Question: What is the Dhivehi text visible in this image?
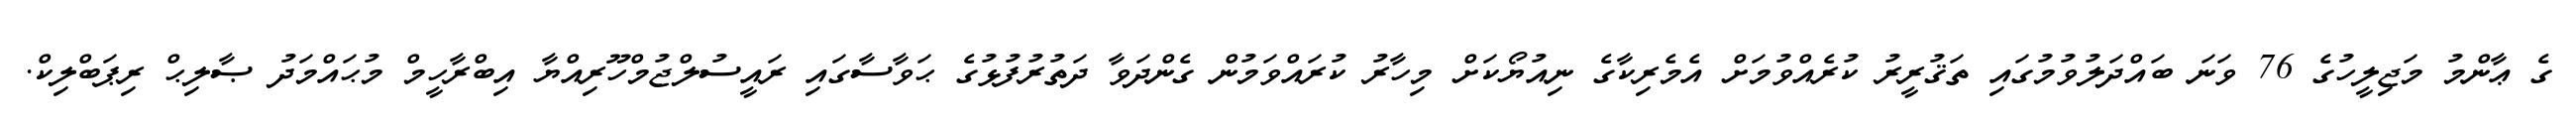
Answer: ގެ ޢާންމު މަޖިލީހުގެ 76 ވަނަ ބައްދަލުވުމުގައި ތަޤުރީރު ކުރެއްވުމަށް އެމެރިކާގެ ނިއުޔޯކަށް މިހާރު ކުރައްވަމުން ގެންދަވާ ދަތުރުފުޅުގެ ޙަވާސާގައި ރައީސުލްޖުމްހޫރިއްޔާ އިބްރާހީމް މުޙައްމަދު ޞާލިޙް ރިޕަބްލިކް.